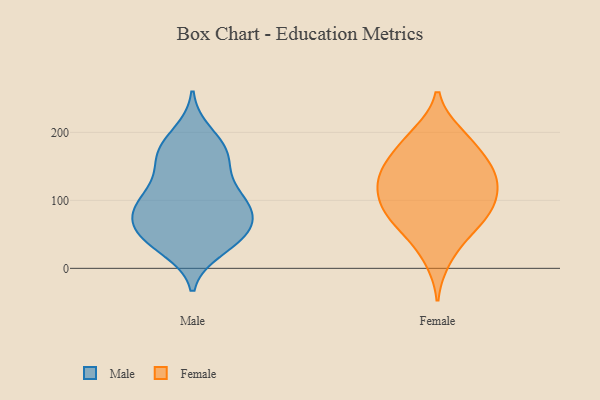
{"axis": {"x": "Backlog", "y": "Value"}, "legend": ["Female", "Male"], "data": [{"x": "", "y": 39, "type": "Male"}, {"x": "", "y": 49, "type": "Male"}, {"x": "", "y": 198, "type": "Male"}, {"x": "", "y": 79, "type": "Male"}, {"x": "", "y": 99, "type": "Male"}, {"x": "", "y": 94, "type": "Male"}, {"x": "", "y": 168, "type": "Male"}, {"x": "", "y": 157, "type": "Male"}, {"x": "", "y": 178, "type": "Male"}, {"x": "", "y": 92, "type": "Male"}, {"x": "", "y": 29, "type": "Male"}, {"x": "", "y": 98, "type": "Male"}, {"x": "", "y": 70, "type": "Male"}, {"x": "", "y": 65, "type": "Male"}, {"x": "", "y": 49, "type": "Male"}, {"x": "", "y": 139, "type": "Male"}, {"x": "", "y": 171, "type": "Male"}, {"x": "", "y": 112, "type": "Male"}, {"x": "", "y": 43, "type": "Male"}, {"x": "", "y": 45, "type": "Female"}, {"x": "", "y": 161, "type": "Female"}, {"x": "", "y": 86, "type": "Female"}, {"x": "", "y": 110, "type": "Female"}, {"x": "", "y": 104, "type": "Female"}, {"x": "", "y": 154, "type": "Female"}, {"x": "", "y": 137, "type": "Female"}, {"x": "", "y": 196, "type": "Female"}, {"x": "", "y": 98, "type": "Female"}, {"x": "", "y": 198, "type": "Female"}, {"x": "", "y": 179, "type": "Female"}, {"x": "", "y": 62, "type": "Female"}, {"x": "", "y": 78, "type": "Female"}, {"x": "", "y": 74, "type": "Female"}, {"x": "", "y": 134, "type": "Female"}, {"x": "", "y": 127, "type": "Female"}, {"x": "", "y": 141, "type": "Female"}, {"x": "", "y": 14, "type": "Female"}]}